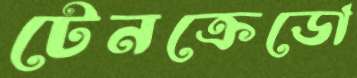
টেনক্রেডো